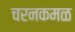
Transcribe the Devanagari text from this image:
चरनकमळ